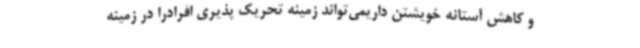
و کاهش آستانه خویشتن داریمی‌تواند زمینه تحریک پذیری افرادرا در زمینه